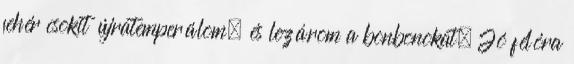
fehér csokit újratemperálom, és lezárom a bonbonokat. Jó félóra